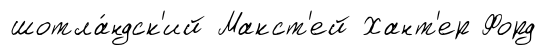
шотла́ндск'ий Макст'ей Хант'ер Форд